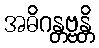
အဓိဂန္တဗ္ဗန္တိ